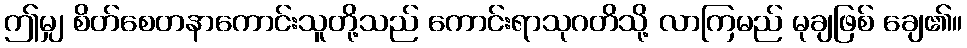
ဤမျှ စိတ်စေတနာကောင်းသူတို့သည် ကောင်းရာသုဂတိသို့ လာကြမည် မုချဖြစ် ချေ၏။